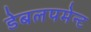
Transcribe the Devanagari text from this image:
डेबलपमेन्ट